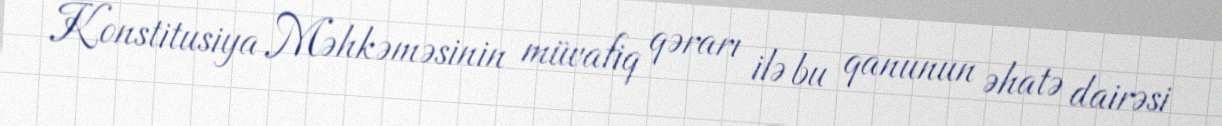
Konstitusiya Məhkəməsinin müvafiq qərarı ilə bu qanunun əhatə dairəsi